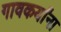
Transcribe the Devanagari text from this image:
गावकर्यांना